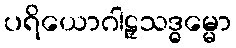
ပရိယောဂါဠှသဒ္ဓမ္မော